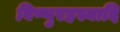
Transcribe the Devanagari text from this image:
विष्णुरहस्यादि